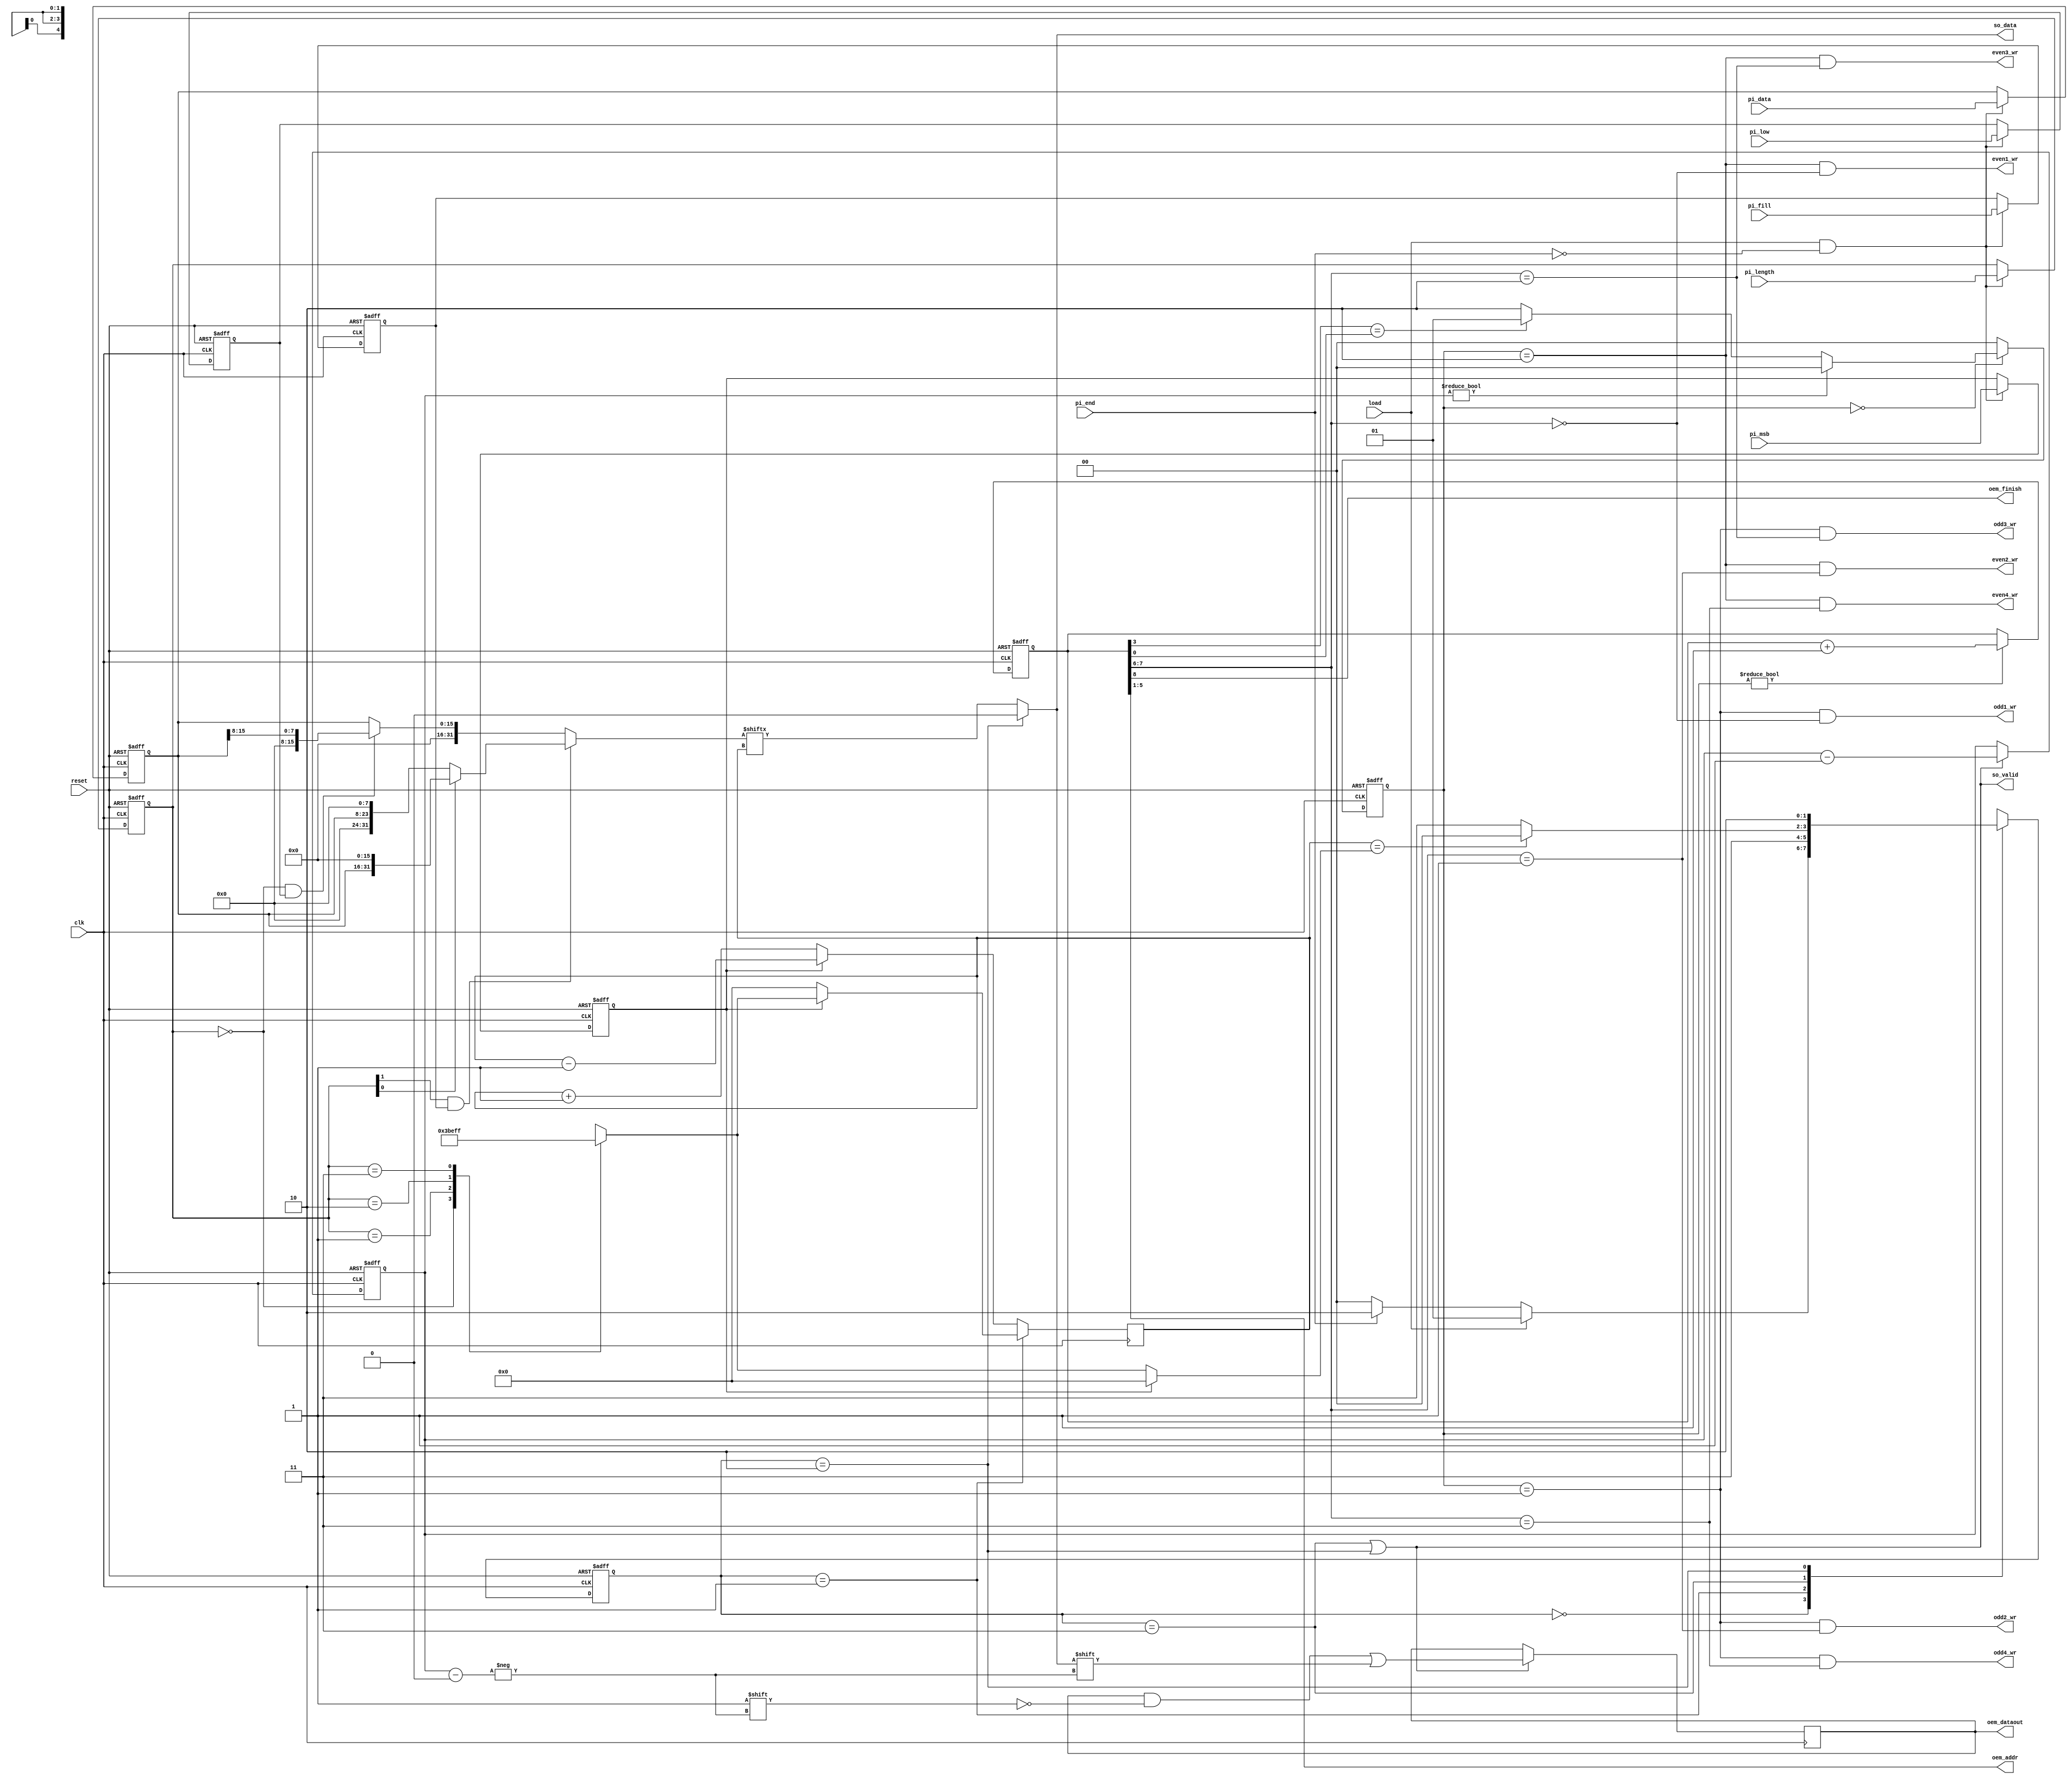
module STI_DAC(clk ,reset, load, pi_data, pi_length, pi_fill, pi_msb, pi_low, pi_end,
	       so_data, so_valid,
	       oem_finish, oem_dataout, oem_addr,
	       odd1_wr, odd2_wr, odd3_wr, odd4_wr, even1_wr, even2_wr, even3_wr, even4_wr);

input		clk, reset;
input		load, pi_msb, pi_low, pi_end; 
input	[15:0]	pi_data;
input	[1:0]	pi_length;
input		pi_fill;
output		so_data, so_valid;

output  oem_finish, odd1_wr, odd2_wr, odd3_wr, odd4_wr, even1_wr, even2_wr, even3_wr, even4_wr;
output [4:0] oem_addr;
output [7:0] oem_dataout;

//==============================================================================

//////////////////////////////////
//          STI reg wire        //
//////////////////////////////////
reg		pi_msb_reg;
reg		pi_low_reg;
reg		pi_fill_reg;
reg	[1:0]	pi_length_reg;
reg	[15:0]	pi_data_reg;
reg [4:0]	ptr;
reg [1:0]	sti_c_st, sti_n_st;

reg  [31:0] data_bus;
reg  [4:0]  msb_bit;
wire [4:0]  ptr_start, ptr_end;

//////////////////////////////////
//          DAC reg wire        //
//////////////////////////////////
reg [7:0] oem_dataout;
reg [1:0] dac_c_st, dac_n_st;
reg [2:0] count_data;
reg [8:0] count_oem;

//////////////////////////////////
//          STI design          //
//////////////////////////////////
parameter idle = 2'b00;
parameter pi_catch = 2'b01;
parameter out = 2'b11;
parameter done = 2'b10;

always@(posedge clk or posedge reset)
  if(reset==1)
	begin
  	pi_msb_reg <= 0;
	pi_low_reg <= 0;
	pi_fill_reg <= 0;
	pi_length_reg <= 0;
	pi_data_reg <= 0;
	end
  else if(load && !pi_end)
	begin
  	pi_msb_reg <= pi_msb;
	pi_low_reg <= pi_low;
	pi_fill_reg <= pi_fill;
	pi_length_reg <= pi_length;
	pi_data_reg <= pi_data;
	end

always@(*)
  if(pi_length_reg[1] && pi_fill_reg)
	data_bus = (pi_length_reg[0]) ? {pi_data_reg, 16'd0} : {8'd0, pi_data_reg, 8'd0};
  else if((!pi_length_reg) && pi_low_reg)
		  data_bus = {24'd0, pi_data_reg[15:8]};
	   else
		  data_bus = {16'd0, pi_data_reg};
/* always@(*)
  case(pi_length_reg)
	2'b00 	: data_bus = (pi_low_reg) ? {24'd0, pi_data_reg[15:8]} : {16'd0, pi_data_reg};
	2'b01 	: data_bus = {16'd0, pi_data_reg};
	2'b10	: data_bus = (pi_fill_reg) ? {8'd0, pi_data_reg, 8'd0} : {16'd0, pi_data_reg};	
	2'b11	: data_bus = (pi_fill_reg) ? {pi_data_reg, 16'd0} : {16'd0, pi_data_reg}; 
  endcase*/
always@(*)
 case(pi_length_reg)
    2'b00 : msb_bit = 5'd7;		
    2'b01 : msb_bit = 5'd15;
	2'b10 : msb_bit = 5'd23;
    2'b11 : msb_bit = 5'd31;
 endcase

assign ptr_start = (pi_msb_reg) ? msb_bit : 5'd0; 
assign ptr_end = (pi_msb_reg) ? 5'd0 : msb_bit; 

always@(posedge clk or posedge reset)
 if(reset)
    sti_c_st <= idle;
 else
    sti_c_st <= sti_n_st;

always@(*)
 case(sti_c_st)
	idle 	: sti_n_st = (load)? pi_catch : (pi_end)? done : idle;
	pi_catch: sti_n_st = out;
	out		: sti_n_st = (ptr == ptr_end)? idle : out;
	done	: sti_n_st = done;
	default	: sti_n_st = idle;
 endcase

always@(posedge clk)
 if(sti_c_st == pi_catch)
  ptr <= ptr_start;
  else if (pi_msb_reg)
		ptr <= ptr - 1;
       else 
		ptr <= ptr+1;
		
 assign so_data = (sti_c_st == done) ? 0 : data_bus[ptr];
 assign so_valid = (sti_c_st == out) || (sti_c_st == done); 
	
//////////////////////////////////
//          DAC design          //
//////////////////////////////////
parameter wr_idle = 2'b00;
parameter wr_odd  = 2'b01;
parameter wr_even = 2'b10;

always@(posedge clk or posedge reset)
  if(reset)
	count_data <= 3'd7;
  else if(so_valid)
		count_data <= count_data - 1;		
always@(posedge clk)
  if(so_valid)
	oem_dataout[count_data] <= so_data;
	
always@(posedge clk or posedge reset)
  if(reset)
	count_oem <= 9'd0;
  else if(dac_c_st != wr_idle)
		count_oem <= count_oem +1;
		
		
always@(posedge clk or posedge reset)
  if(reset)
	dac_c_st <= wr_idle;
  else
	dac_c_st <= dac_n_st;	
always@(*)
  if(dac_c_st == wr_idle )
	dac_n_st = (count_data!=3'd0) ? wr_idle : (count_oem[3] == count_oem[0]) ?  wr_odd : wr_even; 
  else
    dac_n_st =  wr_idle ;
 
assign oem_addr = count_oem[5:1]; 

assign odd1_wr = (dac_c_st == wr_odd) & (count_oem[7:6] == 2'b00);
assign odd2_wr = (dac_c_st == wr_odd) & (count_oem[7:6] == 2'b01);
assign odd3_wr = (dac_c_st == wr_odd) & (count_oem[7:6] == 2'b10);
assign odd4_wr = (dac_c_st == wr_odd) & (count_oem[7:6] == 2'b11);
assign even1_wr = (dac_c_st == wr_even) & (count_oem[7:6] == 2'b00);
assign even2_wr = (dac_c_st == wr_even) & (count_oem[7:6] == 2'b01);
assign even3_wr = (dac_c_st == wr_even) & (count_oem[7:6] == 2'b10);
assign even4_wr = (dac_c_st == wr_even) & (count_oem[7:6] == 2'b11);

assign oem_finish = count_oem[8]; 

	
endmodule